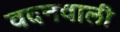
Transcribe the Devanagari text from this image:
वदनवाली